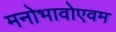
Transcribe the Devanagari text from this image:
मनोभावोएवम